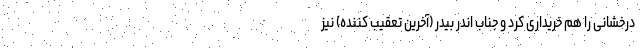
درخشانی را هم خریداری کرد و جناب اندر بیدر (آخرین تعقیب کننده) نیز